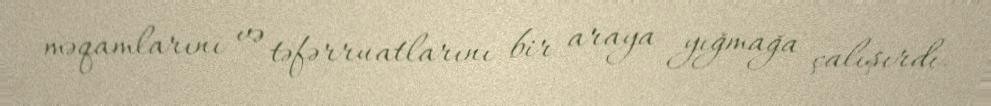
məqamlarını və təfərruatlarını bir araya yığmağa çalışırdı.